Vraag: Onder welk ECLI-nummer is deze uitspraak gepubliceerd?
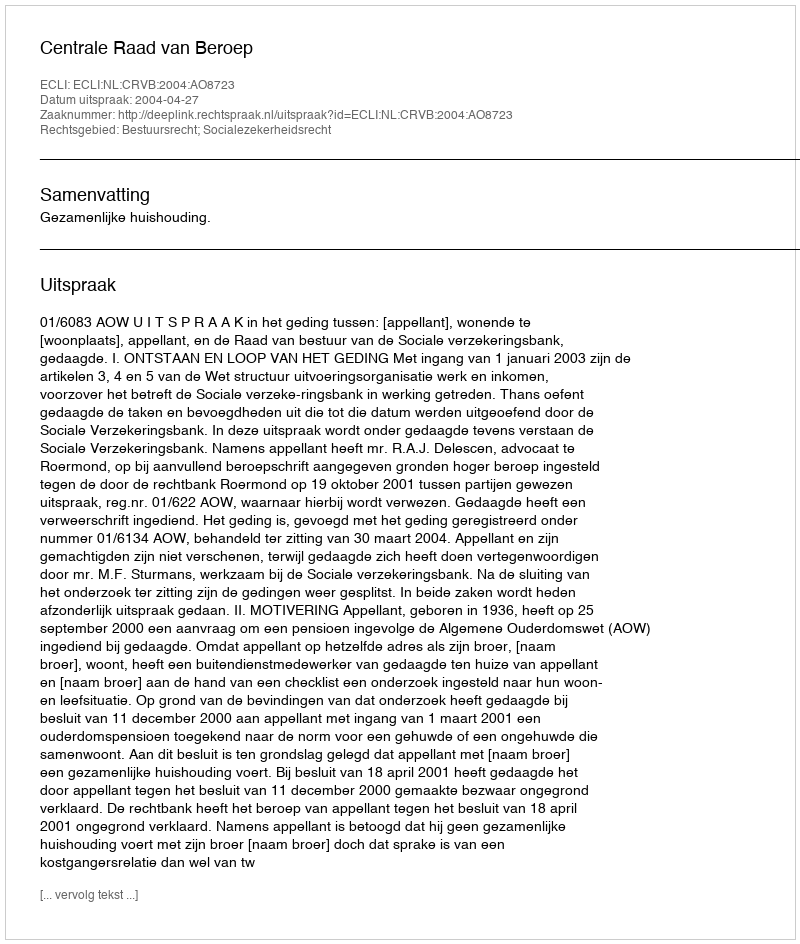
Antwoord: ECLI:NL:CRVB:2004:AO8723